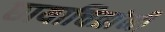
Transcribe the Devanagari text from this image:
छायाचित्रांनी